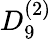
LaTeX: {D}_{9}^{(2)}